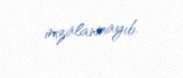
imzalanmayıb.